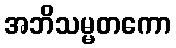
အဘိသမ္မတကော